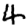
Digit: 4